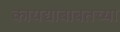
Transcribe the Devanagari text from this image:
कायद्याबाबतच्या